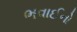
ભવાઈનો